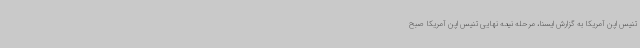
تنیس اپن آمریکا به گزارش ایسنا، مرحله نیمه نهایی تنیس اپن آمریکا صبح